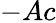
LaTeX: -Ac